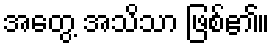
အတွေ့ အသိသာ ဖြစ်၏။